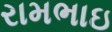
રામભાઇ